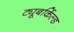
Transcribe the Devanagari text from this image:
ट्यूबर्किल्ड